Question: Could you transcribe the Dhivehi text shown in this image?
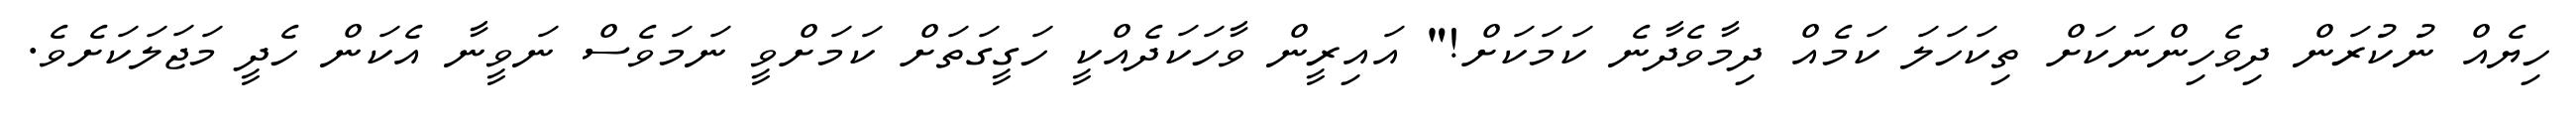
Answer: ހިޔެއް ނުކުރަން ދިވެހިންނަކަށް ތިކަހަލަ ކަމެއް ދިމާވެދާނެ ކަމަކަށް!" އައިރީން ވާހަކަދެއްކީ ހަގީގަތަށް ކަމަށްވީ ނަމަވެސް ނަވީނާ އެކަން ހެދީ މަޖަލަކަށެވެ.